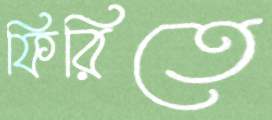
ফিরিতে